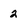
Character: 2